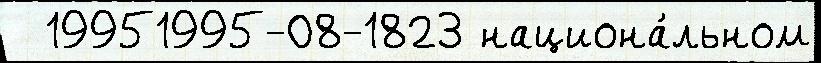
  19951995-08-1823 национа́льном